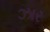
ઝાર